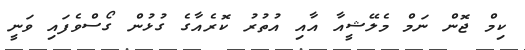
ކިމް ޖޮން ނަމް މެލޭޝީއާ އާއި އުތުރު ކޮރެއާގެ ގުޅުން ގޯސްވެފައި ވަނީ